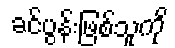
ခင်ပွန်းဖြစ်သူကို